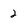
Character: 2